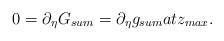
LaTeX: \begin{align*}0=\partial_\eta G_{sum}=\partial_\eta g_{sum}at z_{max}.\end{align*}